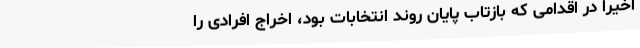
اخیرا در اقدامی که بازتاب پایان روند انتخابات بود، اخراج افرادی را